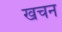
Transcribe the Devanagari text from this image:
खचन